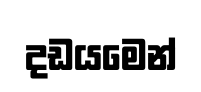
දඩයමෙන්